Insane asylums in Bengal annual reports 1876-1887 - 1876-1887
Year: 1876
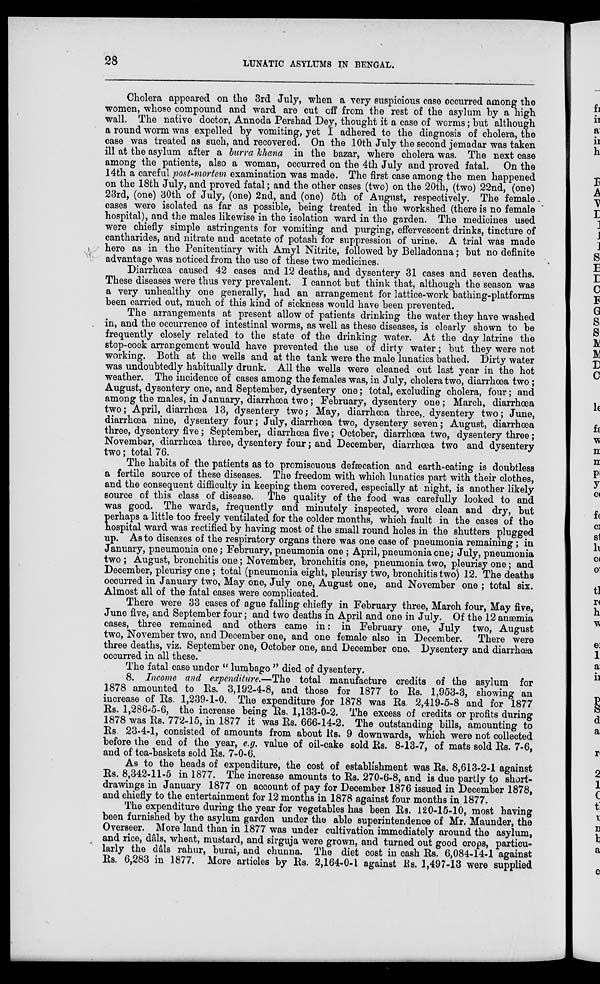
28
LUNATIC ASYLUMS IN BENGAL.
Cholera appeared on the 3rd July, when a very suspicious case occurred among the
women, whose compound and ward are cut off from the rest of the asylum by a high
wall. The native doctor, Annoda Pershad Dey, thought it a case of worms; but although
a round worm was expelled by vomiting, yet I adhered to the diagnosis of cholera, the
case was treated as such, and recovered. On the 10th July the second jemadar was taken
ill at the asylum after a burra khana in the bazar, where cholera was. The next case
among the patients, also a woman, occurred on the 4th July and proved fatal. On the
14th a careful post-mortem examination was made. The first case among the men happened
on the 18th July, and proved fatal; and the other cases (two) on the 20th, (two) 22nd, (one)
23rd, (one) 30th of July, (one) 2nd, and (one) 5th of August, respectively. The female
cases were isolated as far as possible, being treated in the workshed (there is no female
hospital), and the males likewise in the isolation ward in the garden. The medicines used
were chiefly simple astringents for vomiting and purging, effervescent drinks, tincture of
cantharides, and nitrate and acetate of potash for suppression of urine. A trial was made
here as in the Penitentiary with Amyl Nitrite, followed by Belladonna; but no definite
advantage was noticed from the use of these two medicines.
Diarrhœa caused 42 cases and 12 deaths, and dysentery 31 cases and seven deaths.
These diseases were thus very prevalent. I cannot but think that, although the season was
a very unhealthy one generally, had an arrangement for lattice-work bathing-platforms
been carried out, much of this kind of sickness would have been prevented.
The arrangements at present allow of patients drinking the water they have washed
in, and the occurrence of intestinal worms, as well as these diseases, is clearly shown to be
frequently closely related to the state of the drinking water. At the day latrine the
stop-cock arrangement would have prevented the use of dirty water; but they were not
working. Both at the wells and at the tank were the male lunatics bathed. Dirty water
was undoubtedly habitually drunk. All the wells were cleaned out last year in the hot
weather. The incidence of cases among the females was, in July, cholera two, diarrhœa two;
August, dysentery one, and September, dysentery one; total, excluding cholera, four; and
among the males, in January, diarrhœa two; February, dysentery one; March, diarrhœa
two; April, diarrhœa 13, dysentery two; May, diarrhœa three,. dysentery two; June,
diarrhœa nine, dysentery four; July, diarrhœa two, dysentery seven; August, diarrhœa
three, dysentery five; September, diarrhœa five; October, diarrhœa two, dysentery three;
November, diarrhœa three, dysentery four; and December, diarrhœa two and dysentery
two; total 76.
The habits of the patients as to promiscuous defæcation and earth-eating is doubtless
a fertile source of these diseases. The freedom with which lunatics part with their clothes,
and the consequent difficulty in keeping them covered, especially at night, is another likely
source of this class of disease. The quality of the food was carefully looked to and
was good. The wards, frequently and minutely inspected, were clean and dry, but
perhaps a little too freely ventilated for the colder months, which fault in the cases of the
hospital ward was rectified by having most of the small round holes in the shutters plugged
up. As to diseases of the respiratory organs there was one case of pneumonia remaining ; in
January, pneumonia one; February, pneumonia one ; April, pneumonia one; July, pneumonia
two ; August, bronchitis one; November, bronchitis one, pneumonia two, pleurisy one; and
December, pleurisy one ; total (pneumonia eight, pleurisy two, bronchitis two) 12. The deaths
occurred in January two, May one, July one, August one, and November one ; total six.
Almost all of the fatal cases were complicated.
There were 33 cases of ague falling chiefly in February three, March four, May five,
June five, and September four; and two deaths in April and one in July. Of the 12 anæmia
cases, three remained and others came in: in February one, July two, August
two, November two, and December one, and one female- also in December.
There were
three deaths, viz. September one, October one, and December one. Dysentery and diarrhœa
occurred in all these.
The fatal case under " lumbago " died of dysentery.
8. Income and expenditure.—The total manufacture credits of the asylum for
1878 amounted to Rs. 3,192-4-8, and those for 1877 to Rs. 1,953-3, showing an
increase of Rs. 1,239-1-0. The expenditure for 1878 was Rs. 2,419-5-8 and for 1877
Rs. 1,286-5-6, the increase being Rs. 1,133-0-2. The excess of credits or profits during
1878 was Rs. 772-15, in 1877 it was Rs. 666-14-2. The outstanding bills, amounting to
Rs 23-4-1, consisted of amounts from about Rs. 9 downwards, which were not collected
before the end of the year, e.g. value of oil-cake sold Rs. 8-13-7, of mats sold Rs. 7-6,
and of tea-baskets sold Rs. 7-0-6.
As to the heads of expenditure, the cost of establishment was Rs. 8,613-2-1 against
Rs. 8,342-11-5 in 1877. The increase amounts to Rs. 270-6-8, and is due partly to short-
drawings in January 1877 on account of pay for December 1876 issued in December 1878,
and chiefly to the entertainment for 12 months in 1878 against four months in 1877.
The expenditure during the year for vegetables has been Rs. 120-15-10, most having
been furnished by the asylum garden under the able superintendence of Mr. Maunder, the
Overseer. More land than in 1877 was under cultivation immediately around the asylum,
and rice, dâls, wheat, mustard, and sirguja were grown, and turned out good crops, particu-
larly the dâls rahur, burai, and chunna. The diet cost in cash Rs. 6,084-14-1 against
Rs. 6,283 in 1877. More articles by Rs. 2,164-0-1 against Rs. 1,497-13 were supplied